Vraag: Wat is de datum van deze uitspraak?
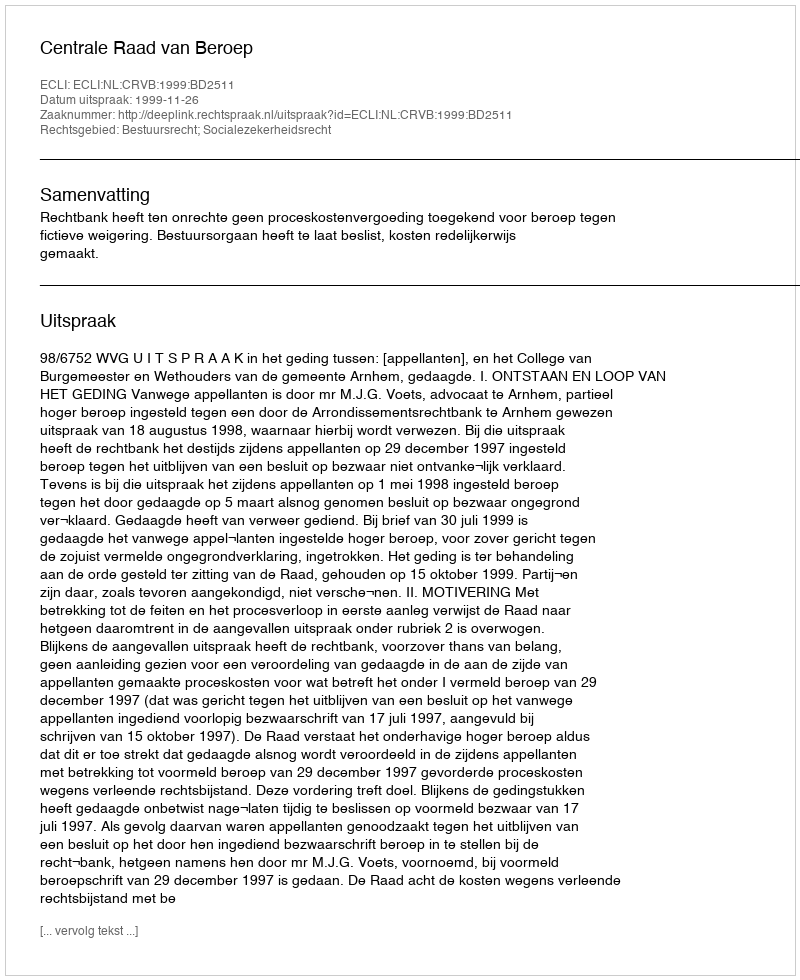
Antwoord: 1999-11-26